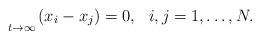
LaTeX: \begin{align*}\underset{t\rightarrow\infty}{}\,(x_{i}-x_{j})=0,\,\,\,\,i,j=1,\ldots,N.\end{align*}